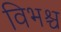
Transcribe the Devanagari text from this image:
विभश्च